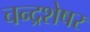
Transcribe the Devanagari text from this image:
चन्द्रशेषर